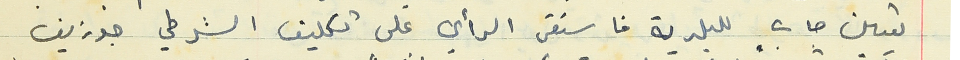
تعيين جابٍ للبلدية فاستقر الرأي على تكليف الشرطي جوزيف